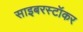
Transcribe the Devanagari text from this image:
साइबरस्टॉकर